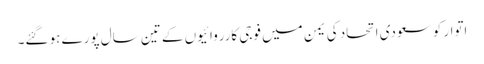
اتوار کو سعودی اتحاد کی یمن میں فوجی کارروائیوں کے تین سال پورے ہو گئے۔